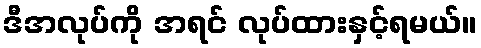
ဒီအလုပ်ကို အရင် လုပ်ထားနှင့်ရမယ်။